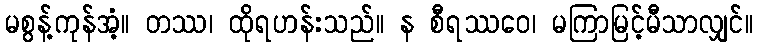
မစွန့်ကုန်အံ့။ တဿ၊ ထိုရဟန်းသည်။ န စီရဿဝေ၊ မကြာမြင့်မီသာလျှင်။